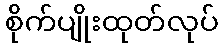
စိုက်ပျိုးထုတ်လုပ်